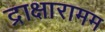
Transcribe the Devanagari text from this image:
द्राक्षारामम